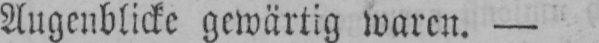
Augenblicke gewärtig waren. -